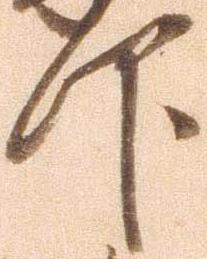
仰